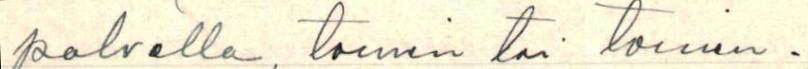
palvella, toinen tai toinen.